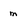
Character: m